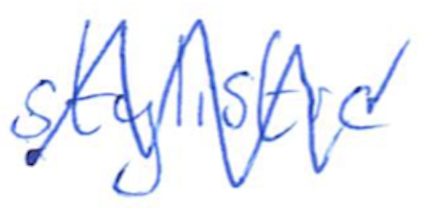
Text: stylistic
Cross-out: zig-zag
Writing tool: ballpoint